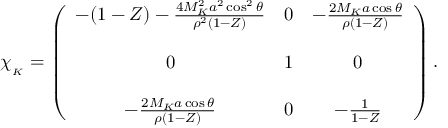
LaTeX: \chi _ { _ K } = \left( \begin{array} { c c c } { { - ( 1 - Z ) - { \frac { 4 M _ { K } ^ { 2 } a ^ { 2 } \cos ^ { 2 } \theta } { \rho ^ { 2 } ( 1 - Z ) } } } } & { { 0 } } & { { - { \frac { 2 M _ { K } a \cos \theta } { \rho ( 1 - Z ) } } } } \\ { { } } & { { } } & { { } } \\ { { 0 } } & { { 1 } } & { { 0 } } \\ { { } } & { { } } & { { } } \\ { { - { \frac { 2 M _ { K } a \cos \theta } { \rho ( 1 - Z ) } } } } & { { 0 } } & { { - { \frac { 1 } { 1 - Z } } } } \end{array} \right) .